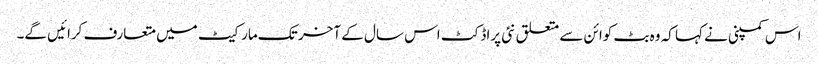
اس کمپنی نے کہا کہ وہ بٹ کوائن سے متعلق نئی پراڈکٹ اس سال کے آخر تک مارکیٹ میں متعارف کرائیں گے۔